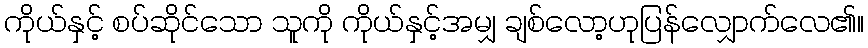
ကိုယ်နှင့် စပ်ဆိုင်သော သူကို ကိုယ်နှင့်အမျှ ချစ်လော့ဟုပြန်လျှောက်လေ၏။